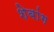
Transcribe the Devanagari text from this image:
शेबांग